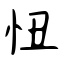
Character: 忸